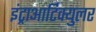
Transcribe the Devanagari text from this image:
इंट्राआर्टिक्युलर